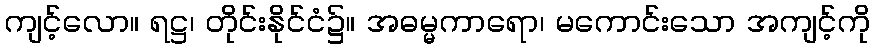
ကျင့်လော။ ရဋ္ဌ၊ တိုင်းနိုင်ငံ၌။ အဓမ္မကာရော၊ မကောင်းသော အကျင့်ကို